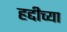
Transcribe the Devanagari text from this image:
हद्दीच्या